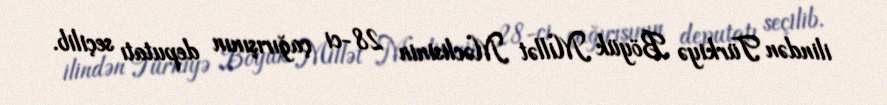
ilindən Türkiyə Böyük Millət Məclisinin 28-ci çağırışının deputatı seçilib.